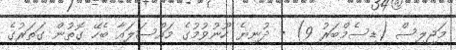
މަޖިލިސް (ޑިސެމްބަރު 9) - ދުނިޔެ ހޫނުވުމުގެ މައްސަލައާ ބެހޭ ގޮތުން ގަތަރުގެ